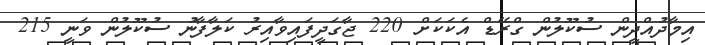
އިމާދުއްދީން ސުކޫލުން ގްރޭޑް އެކަކަށް 220 ޖާގަދީފައިވާއިރު ކަލާފާނު ސުކޫލުން ވަނީ 215